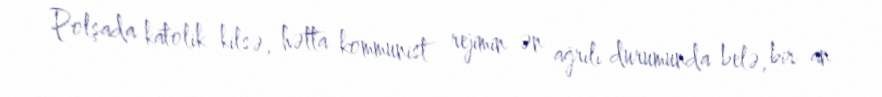
Polşada katolik kilsə, hətta kommunist rejimin ən ağrılı durumunda belə, bir an